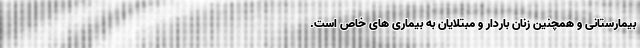
بیمارستانی و همچنین زنان باردار و مبتلایان به بیماری های خاص است.